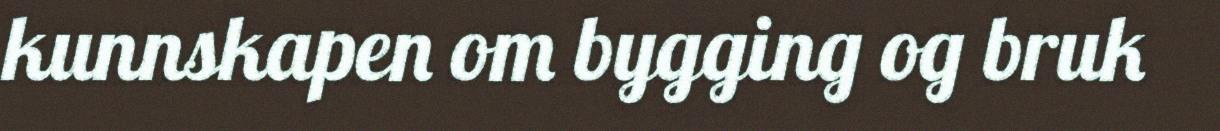
kunnskapen om bygging og bruk